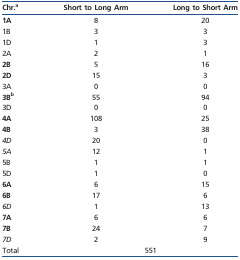
| Chr.a | Short to Long Arm | Long to Short Arm |
 | --- | --- | --- |
 | 1A | 8 | 20 |
 | 1B | 3 | 3 |
 | 1D | 1 | 3 |
 | 2A | 2 | 1 |
 | 2B | 5 | 16 |
 | 2D | 15 | 3 |
 | 3A | 0 | 0 |
 | 3Bb | 55 | 94 |
 | 3D | 0 | 0 |
 | 4A | 108 | 25 |
 | 4B | 3 | 38 |
 | 4D | 20 | 0 |
 | 5A | 12 | 1 |
 | 5B | 1 | 1 |
 | 5D | 1 | 0 |
 | 6A | 6 | 15 |
 | 6B | 17 | 6 |
 | 6D | 1 | 13 |
 | 7A | 6 | 6 |
 | 7B | 24 | 7 |
 | 7D | 2 | 9 |
 | Total | <COLSPAN=2> 551 |